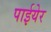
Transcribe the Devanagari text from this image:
पाईयेर